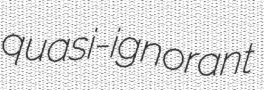
quasi-ignorant